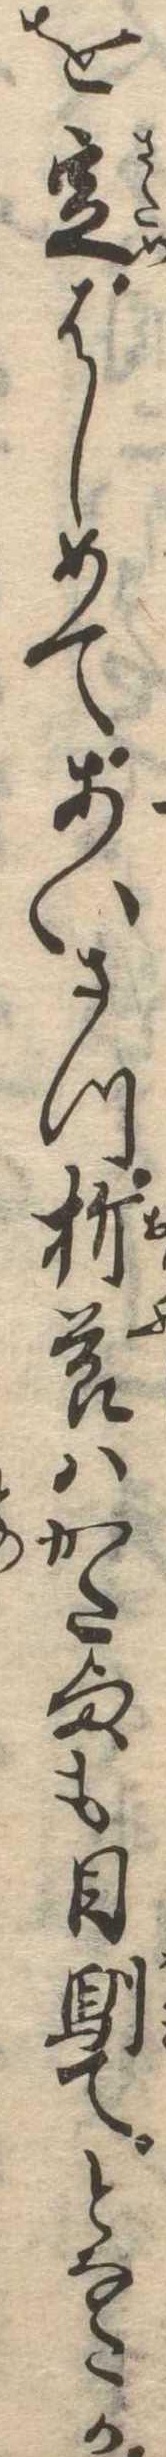
を定はしめてあいさつ折節はかた様も目馴てとなたか